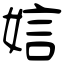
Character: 娮